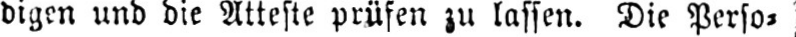
digen und die Atteste prüfen zu lassen. Die Perso⸗